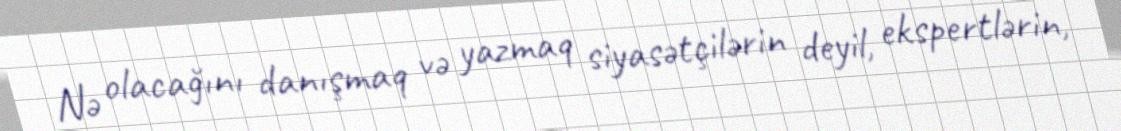
Nə olacağını danışmaq və yazmaq siyasətçilərin deyil, ekspertlərin,